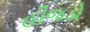
હીજડો